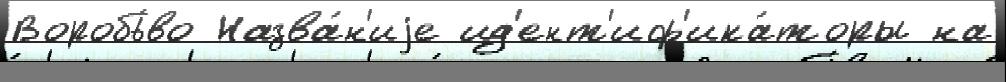
Воробь́во Назва́н'иjе ид'ент'иф'ика́торы на